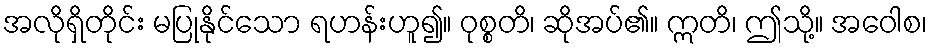
အလိုရှိတိုင်း မပြုနိုင်သော ရဟန်းဟူ၍။ ဝုစ္စတိ၊ ဆိုအပ်၏။ ဣတိ၊ ဤသို့။ အဝေါစ၊